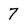
Character: 7